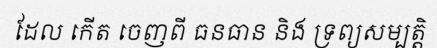
ដែល កើត ចេញពី ធនធាន និង ទ្រព្យសម្បត្តិ